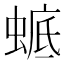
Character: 𧍉